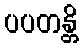
ပပတန္တိ